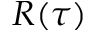
R ( \tau )